Statistical return of the lunatic asylum in Assam - 1912-1932
Year: 1912
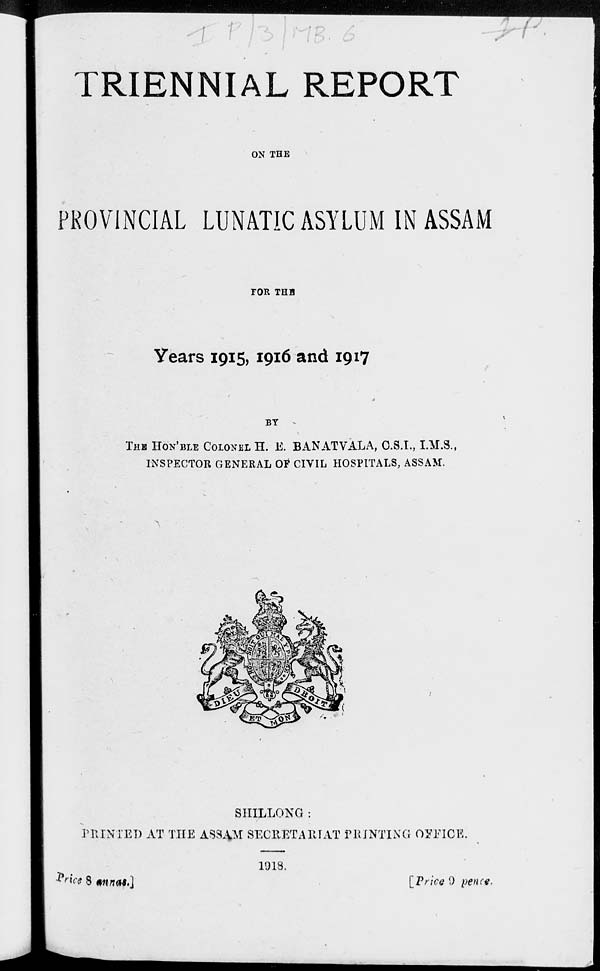
/-
TRIENNIAL REPORT
ON THE
PKOVINCIAL LUNATIC ASYLUM IN ASSAM
TOR THH
Years 1915, 1916 and 1917
BY
THH HON'BLE COLONHL H. E. BANATVALA, C.S.I., I.M.S.,
INSPECTOR GENERAL OF CIVIL HOSPITALS, ASSAM.
'■•
SHILLONG:
PRINTED AT THE ASS^M SECRETARIAT PRINTING 05TICE.
*Ww 8 §nntf.]
1918.
[Price 9 penc-e.